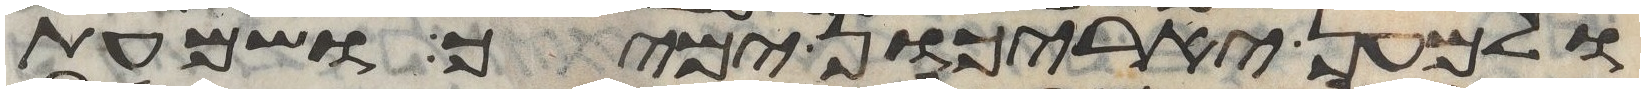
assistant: ולמען יאריכון ימיך ושמעת